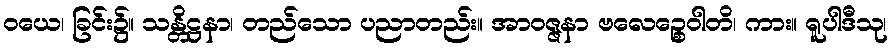
ဝယေ၊ ခြင်း၌။ သန္တိဋ္ဌနာ၊ တည်သော ပညာတည်း။ အာဝဇ္ဇနာ ဗလေဉ္စေဝါတိ၊ ကား။ ရူပါဒီသု၊